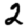
Digit: 2